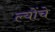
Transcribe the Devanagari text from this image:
ल्योंचे